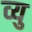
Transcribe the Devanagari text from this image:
व्यु